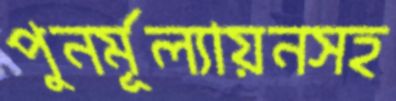
পুনর্মূল্যায়নসহ